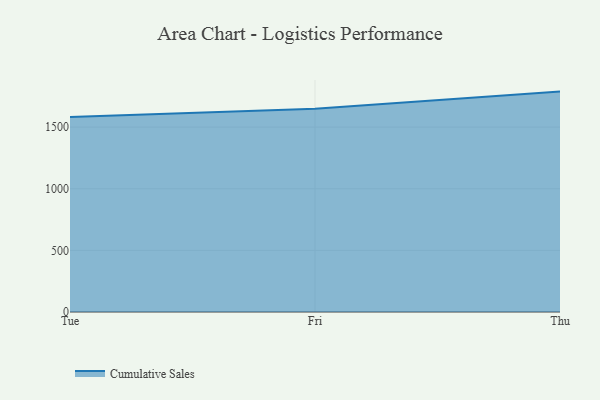
{"axis": {"x": "Day", "y": "Market Share (%)"}, "legend": ["Cumulative Sales"], "data": [{"x": "Tue", "y": 1581.3, "type": "Cumulative Sales"}, {"x": "Fri", "y": 1648.2, "type": "Cumulative Sales"}, {"x": "Thu", "y": 1788.2, "type": "Cumulative Sales"}]}